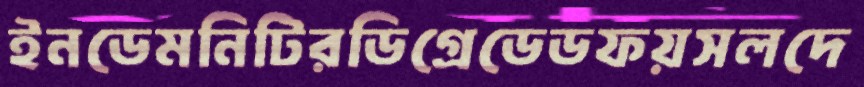
ইনডেমনিটিরডিগ্রেডেডফয়সলদে